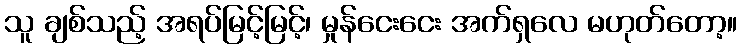
သူ ချစ်သည့် အရပ်မြင့်မြင့်၊ မှုန်ငေးငေး အက်ရှလေ မဟုတ်တော့။